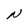
Character: N